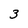
Character: 3